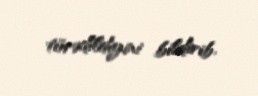
törədildiyini bildirib.